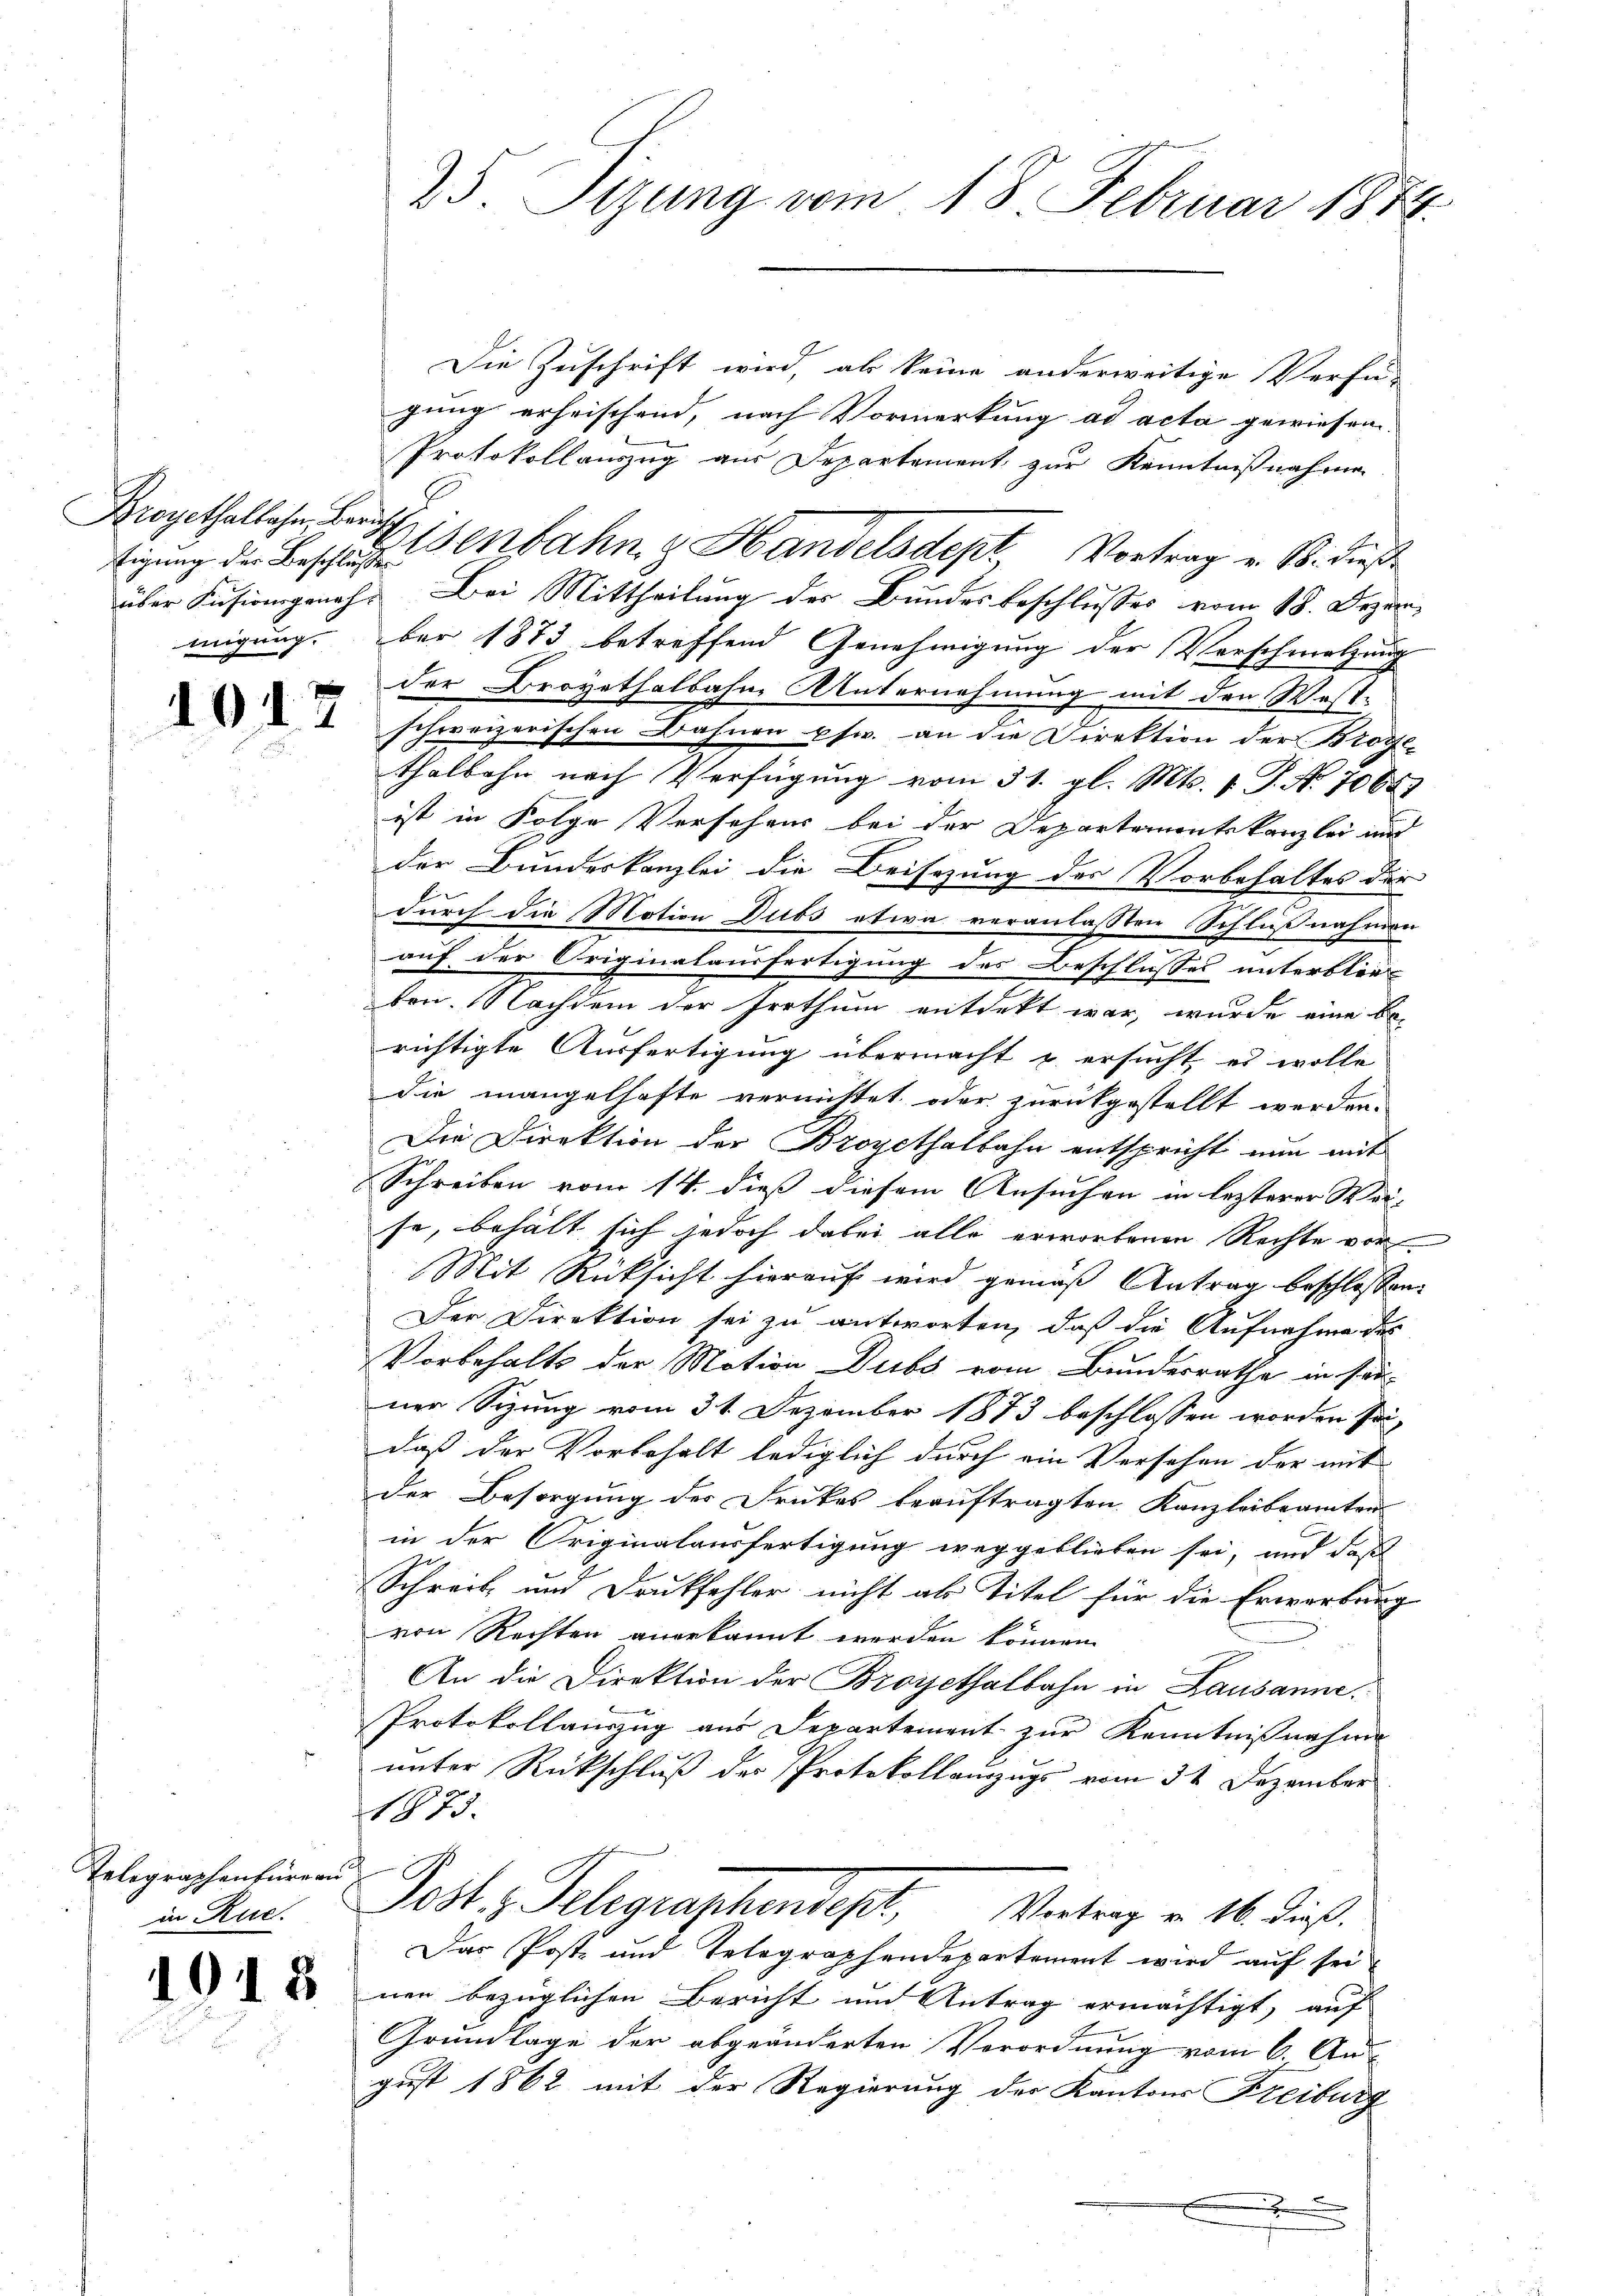
Broyethalbahn, Zürich.

1012

Telegraphenbüreau
in Rud.

1918.

25. Sizung vom 18. Februar 1874.

Die Zuschrift wird, ab keine anderweitige Verfü-
gung erheischend, nach Vormerkung ad acta gewiesen
Protokollauszug aus Departement zur Kenntnißnahmen
tigung der Bestige Senbahn & Handelsdept, Vortrag v. B. dieß
über Fusionsgenoh. Bei Mittheilung des Bundesbeschlusses vom 18. Dezemmigung ber 1873 betreffend Genehmigung der Verschmelzung
der Droyethalbahne Unternehmung mit den West-
schweizerischen Bahnen psw. an die Direktion der Brote-
thalbahn nach Verfügung vom 31. gl. Mts. 1. P. No 7068)
ist in Folge Versehens bei der Departementskanzlei und
der Bundeskanzlei die Beisezung der Vorbehaltes der
durch die Motion Dubs etwa veranlaßten Schlußnahmen
auf der Originalausfertigung des Beschlusses unterblieben. Nachdem der Irrthum entdekt war, wurde eine be-
richtigte Ausfertigung übermacht u. ersucht, es wolle
die mangelhafte vernichtet oder zurückgestellt werden.
Die Direktion der Broyethalbahn entspricht nun mit
Schreiben vom 14. dieß diesem Ansuchen in lezterer Wei-
se, behält sich jedoch dabei alle erworbenen Rechte vor
Mit Rücksicht hierauf wird gemäß Antrag beschlossen:
Der Direktion sei zu antworten, daß die Aufnahme des
Vorbehalts der Motion Dubs vom Bundesrathe in son-
ner Sizung vom 31. Dezember 1873 beschlossen worden sei,
daß der Vorbehalt lediglich durch ein Versehen der mit
der Besorgung der Druckes beauftragten Kanzleibeamten
in der Originalausfertigung weggeblieben sei, und dass
Schreib und Druckfehler nicht als Titel für die Erwerbung
von Rechten anerkannt werden können.
An die Direktion der Broyethalbahn in Lausanne,
Protokollauszug aus Departement zur Kenntnißnahme
unter Rückschluß der Protokollauszugs vom 31. Dezember
1873.
Post Telegraphendest, Vertrag v. 16. dieß.
Das Post- und Telegraphendepartement wird auf sei
nen bezüglichen Bericht und Antrag ermächtigt, auf
Grundlage der abgeänderten Verordnung vom 6. Au
gust 1862 mit der Regierung der Kantons Freiburg